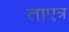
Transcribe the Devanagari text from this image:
ताएत्र